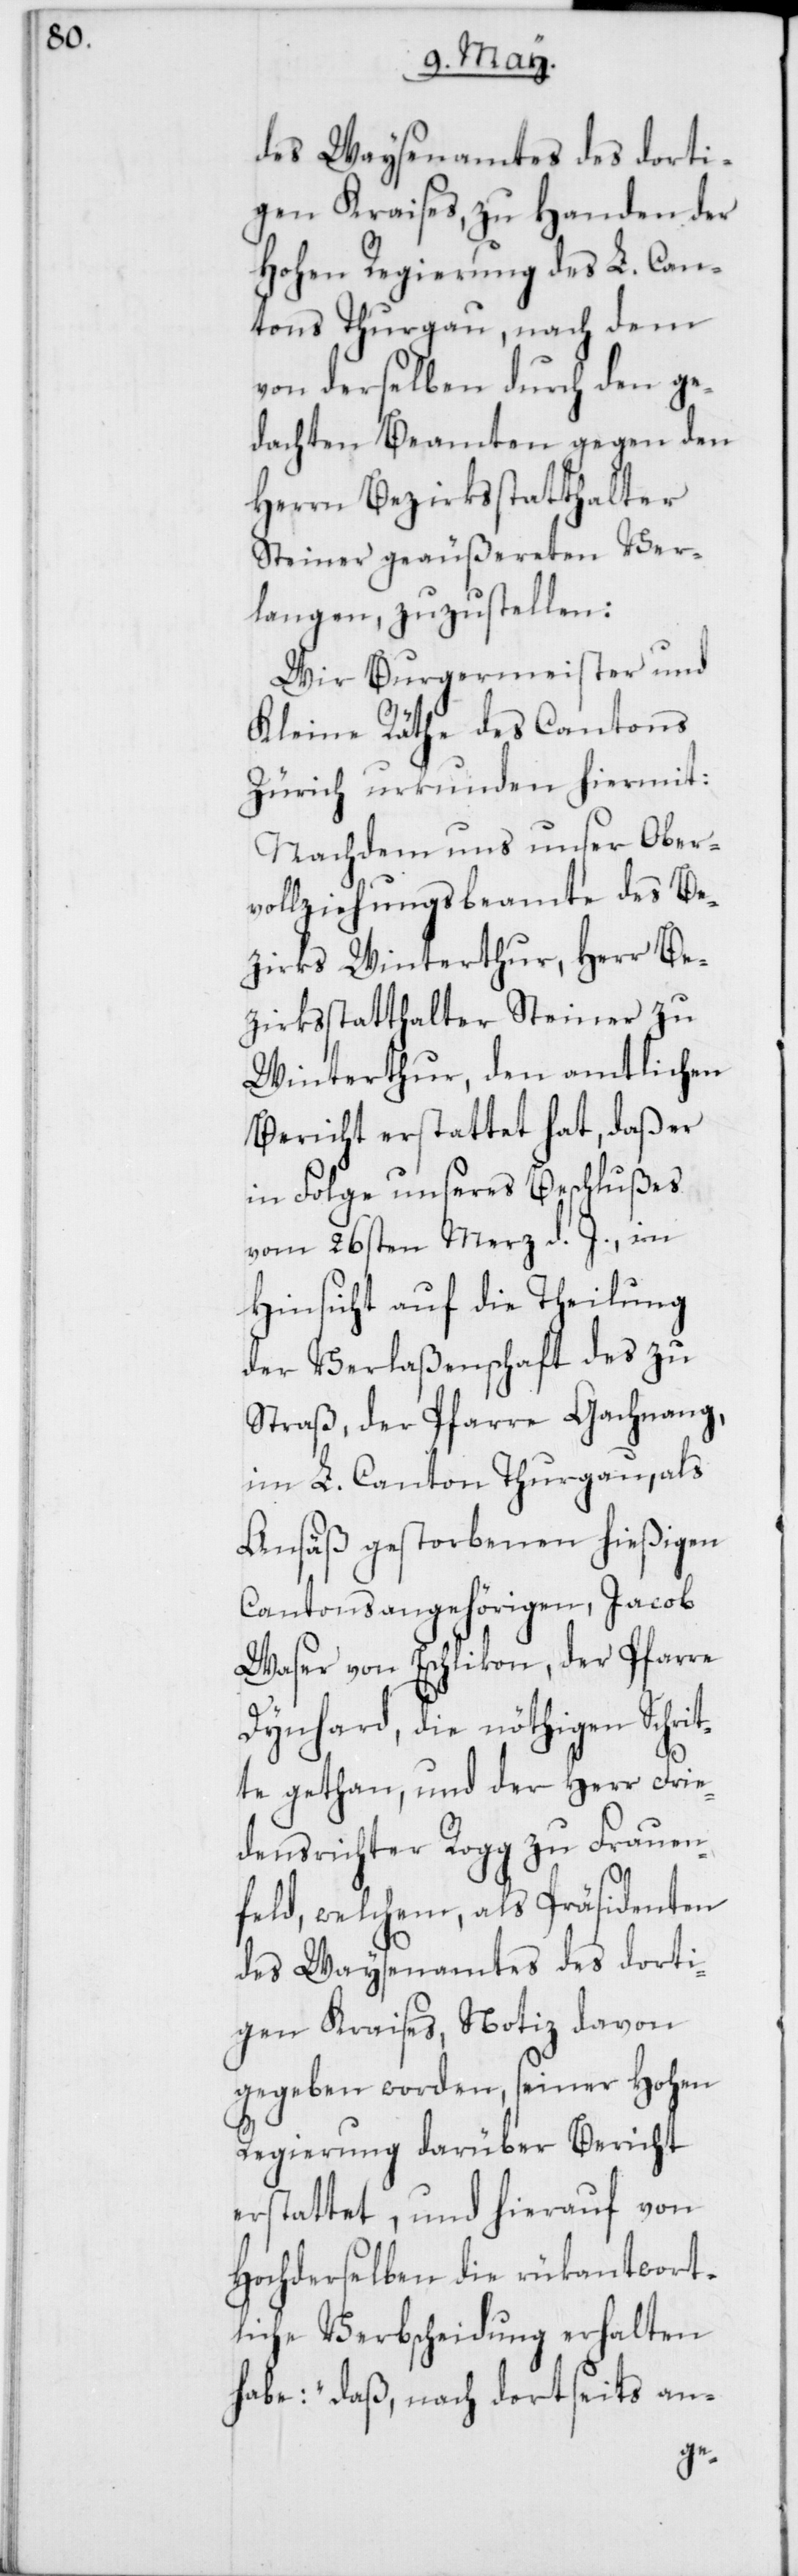
des Waysenamtes des dorti¬
gen Kraises, zu Handen der
Hohen Regierung des L. Can¬
tons Thurgau, nach dem
von derselben durch den ge¬
dachten Beamten gegen den
Herrn Bezirksstatthalter
Steiner geäußereten Ver¬
langen, zuzustellen:
Wir Burgermeister und
Kleine Räthe des Cantons
Zürich urkunden hiermit:
Nachdem uns unser Ober¬
vollziehungsbeamte des Be¬
zirks Winterthur, Herr Be¬
zirksstatthalter Steiner zu
Winterthur, den amtlichen
Bericht erstattet hat, daß er
in Folge unseres Beschlußes
vom 26sten Merz d. J., in
Hinsicht auf die Theilung
der Verlaßenschaft des zu
Straß, der Pfarre Gachnang,
im L. Canton Thurgau, als
Ansäß gestorbenen hießigen
Cantonsangehörigen, Jacob
Waser von Eschlikon, der Pfarre
Dynhard, die nöthigen Schrit¬
te gethan, und der Herr Frie¬
densrichter Rogg zu Frauen¬
feld, welchem, als Präsidenten
des Waysenamtes des dorti¬
gen Kraises, Notiz davon
gegeben worden, seiner Hohen
Regierung darüber Bericht
erstattet, und hierauf von
Hochderselben die rükantwort¬
liche Verbscheidung erhalten
habe: „daß nach dortseits an-